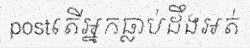
postតើអ្នកធ្លាប់ដឹងអត់